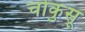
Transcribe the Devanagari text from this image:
चोकुसू